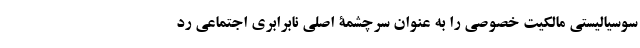
سوسیالیستی مالکیت خصوصی را به عنوان سرچشمۀ اصلی نابرابری اجتماعی رد